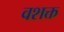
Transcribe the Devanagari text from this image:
वशक्त